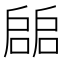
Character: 𢩙